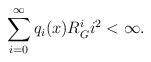
LaTeX: \begin{align*}\sum_{i=0}^{\infty} q_i(x)R_G^i i^{2} <\infty.\end{align*}